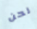
نحن